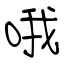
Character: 哦